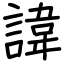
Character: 諱